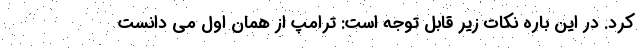
کرد. در این باره نکات زیر قابل توجه است: ترامپ از همان اول می دانست